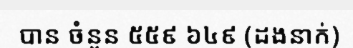
បាន ចំនួន ៥៥៩ ៦៤៩ (ដងនាក់)